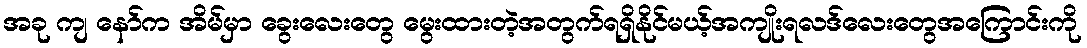
အခု ကျ နော်က အိမ်မှာ ခွေးလေးတွေ မွေးထားတဲ့အတွက်ရရှိနိုင်မယ့်အကျိုးရလဒ်လေးတွေအကြောင်းကို